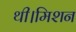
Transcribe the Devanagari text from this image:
थी।मिशन